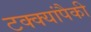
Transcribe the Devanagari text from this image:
टक्क्यांपैकी